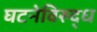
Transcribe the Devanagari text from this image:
घटनेविरुद्ध